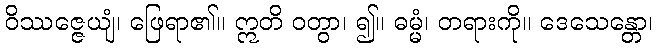
ဝိဿဇ္ဇေယျံ၊ ဖြေရာ၏။ ဣတိ ဝတွာ၊ ၍။ ဓမ္မံ၊ တရားကို။ ဒေသေန္တော၊